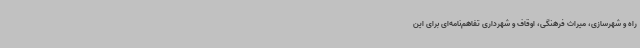
راه و شهرسازی، میراث فرهنگی، اوقاف و شهرداری تفاهم‌نامه‌ای برای این